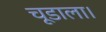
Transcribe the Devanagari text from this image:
चूडाला।